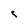
Character: i